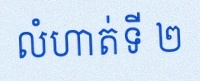
លំហាត់ទី ២